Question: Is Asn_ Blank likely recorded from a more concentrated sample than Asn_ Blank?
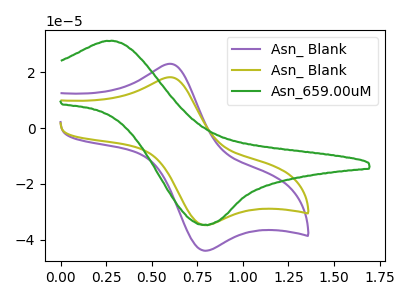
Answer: <think>The purple curve "Asn_ Blank" has an anodic peak at (0.60V, 22.95uA) and a cathodic peak at (0.80V, -43.90uA). The olive curve "Asn_ Blank" has an anodic peak at (0.60V, 18.15uA) and a cathodic peak at (0.80V, -34.75uA). The green curve "Asn_659.00uM" has an anodic peak at (0.25V, 31.15uA) and a cathodic peak at (0.80V, -34.55uA).
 All the peaks in "Asn_ Blank" have a peak in "Asn_ Blank" at the same potential. Every peak in "Asn_ Blank" is lower than every peak in "Asn_ Blank".</think>
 <answer>"Asn_ Blank" has less signal than "Asn_ Blank".</answer>
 <eval>less_signal</eval>